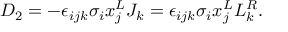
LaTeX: D _ { 2 } = - \epsilon _ { i j k } \sigma _ { i } x _ { j } ^ { L } J _ { k } = \epsilon _ { i j k } \sigma _ { i } x _ { j } ^ { L } L _ { k } ^ { R } .